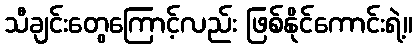
သီချင်းတွေကြောင့်လည်း ဖြစ်နိုင်ကောင်းရဲ့။